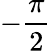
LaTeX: -\frac{\pi}{2}